Vaccination in Burma 1920-1933 - 1920-1933
Year: 1920
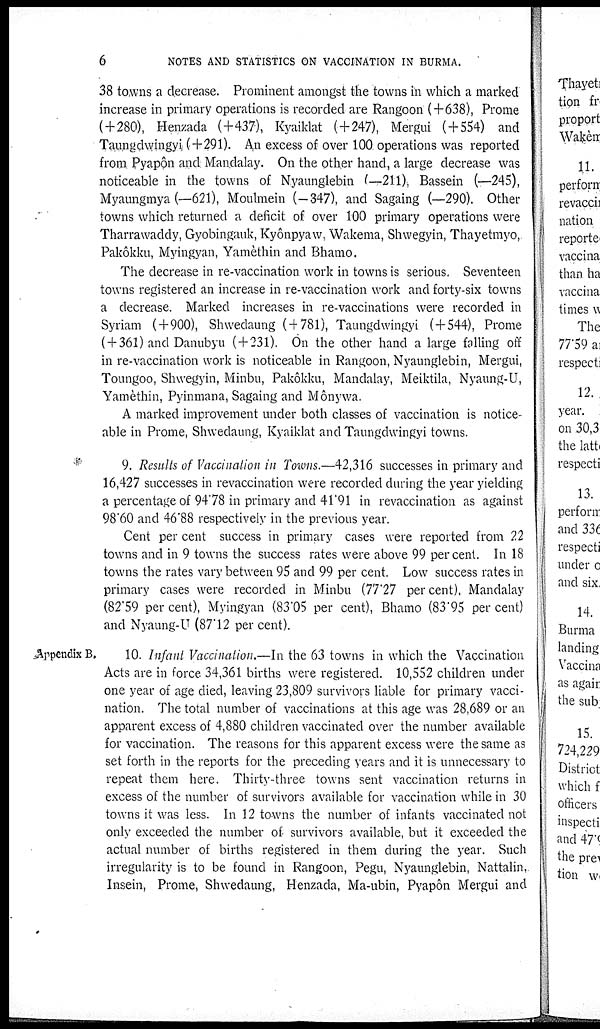
6
NOTES AND STATISTICS ON VACCINATION IN BURMA.
38 towns a decrease. Prominent amongst the towns in which a marked
increase in primary operations is recorded are Rangoon (+638), Prome
(+280), Henzada (+437), Kyaiklat (+247), Mergui (+554) and
Taungdwingyi (+291). An excess of over 100 operations was reported
from Pyapôn and Mandalay. On the other hand, a large decrease was
noticeable in the towns of Nyaunglebin (—211), Bassein (—245),
Myaungmya (—621), Moulmein (-347), and Sagaing (—290). Other
towns which returned a deficit of over 100 primary operations were
Tharrawaddy, Gyobingauk, Kyônpyaw, Wakema, Shwegyin, Thayetmyo,
Pakôkku, Myingyan, Yamèthin and Bhamo.
The decrease in re-vaccination work in towns is serious. Seventeen
towns registered an increase in re-vaccination work and forty-six towns
a decrease. Marked increases in re-vaccinations were recorded in
Syriam (+900), Shwedaung ( + 781), Taungdwingyi (+544), Prome
( + 361)and Danubyu (+231). On the other hand a large falling off
in re-vaccination work is noticeable in Rangoon, Nyaunglebin, Mergui,
Toungoo, Shwegyin, Minbu, Pakôkku, Mandalay, Meiktila, Nyaung-U,
Yamèthin, Pyinmana, Sagaing and Mônywa.
A marked improvement under both classes of vaccination is notice-
able in Prome, Shwedaung, Kyaiklat and Taungdwingyi towns.
9. Results of Vaccination in Towns.—42,316 successes in primary and
16,427 successes in revaccination were recorded during the year yielding
a percentage of 94.78 in primary and 41.91 in revaccination as against
98.60 and 46.88 respectively in the previous year.
Cent per cent success in primary cases were reported from 22
towns and in 9 towns the success rates were above 99 percent. In 18
towns the rates vary between 95 and 99 per cent. Low success rates in
primary cases were recorded in Minbu (77.27 percent), Mandalay
(82.59 per cent), Myingyan (83.05 per cent), Bhamo (83.95 per cent)
and Nyaung-U (87.12 per cent).
Appendix B.
10. Infant Vaccination.—In the 63 towns in which the Vaccination
Acts are in force 34,361 births were registered. 10,552 children under
one year of age died, leaving 23,809 survivors liable for primary vacci-
nation. The total number of vaccinations at this age was 28,689 or an
apparent excess of 4,880 children vaccinated over the number available
for vaccination. The reasons for this apparent excess were the same as
set forth in the reports for the preceding years and it is unnecessary to
repeat them here. Thirty-three towns sent vaccination returns in
excess of the number of survivors available for vaccination while in 30
towns it was less. In 12 towns the number of infants vaccinated not
only exceeded the number of- survivors available, but it exceeded the
actual number of births registered in them during the year. Such
irregularity is to be found in Rangoon, Pegu, Nyaunglebin, Nattalin,
Insein, Prome, Shwedaung, Henzada, Ma-ubin, Pyapôn Mergui and